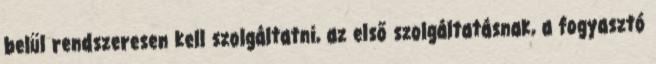
belül rendszeresen kell szolgáltatni, az első szolgáltatásnak, a fogyasztó